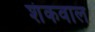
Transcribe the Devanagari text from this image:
शंकवाल